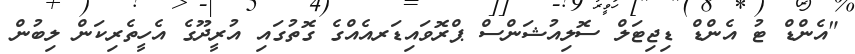
"އެންޑް ޓު އެންޑް ޑިޖިޓަލް ސޮލިއުޝަންސް ޕްރޮވައިޑަރއެއްގެ ގޮތުގައި އުރީދޫގެ އެހީތެރިކަން ލިބުން